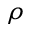
\rho